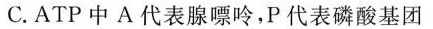
C.ATP中A代表腺嘌呤，P代表磷酸基团